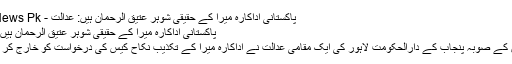
پاکستانی اداکارہ میرا کے حقیقی شوہر عتیق الرحمان ہیں: عدالت - Get News Pk
پاکستانی اداکارہ میرا کے حقیقی شوہر عتیق الرحمان ہیں: عدالت
پاکستان کے صوبہ پنجاب کے دارالحکومت لاہور کی ایک مقامی عدالت نے اداکارہ میرا کے تکذیب نکاح کیس کی درخواست کو خارج کر دیا ہے۔